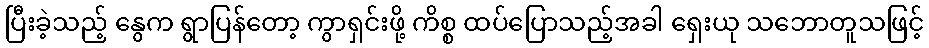
ပြီးခဲ့သည့် နွေက ရွာပြန်တော့ ကွာရှင်းဖို့ ကိစ္စ ထပ်ပြောသည့်အခါ ရှေးယု သဘောတူသဖြင့်